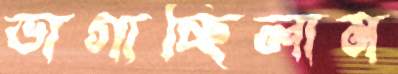
ভাগাচ্ছিলাম